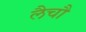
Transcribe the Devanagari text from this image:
लैचौ